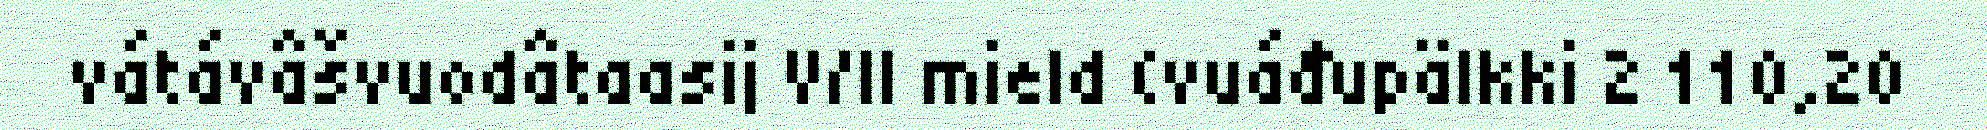
vátávâšvuodâtaasij V/II mield (vuáđupälkki 2 110,20